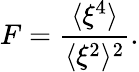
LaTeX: F=\frac{\langle\xi^{4}\rangle}{\langle\xi^{2}\rangle^{2}}.